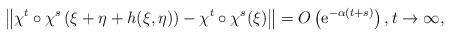
LaTeX: \begin{gather*}\left\Vert \chi^{t}\circ\chi^{s}\left(\xi+\eta+h(\xi,\eta)\right)-\chi^{t}\circ\chi^{s}(\xi)\right\Vert =O\left(\mathrm{e}^{-\alpha(t+s)}\right),t\to\infty,\end{gather*}